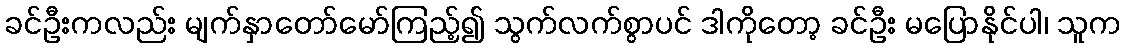
ခင်ဦးကလည်း မျက်နှာတော်မော်ကြည့်၍ သွက်လက်စွာပင် ဒါကိုတော့ ခင်ဦး မပြောနိုင်ပါ၊ သူက